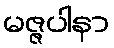
မဇ္ဇပါနာ